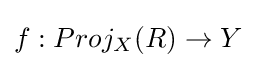
f:Proj_{X}(R)\to Y